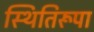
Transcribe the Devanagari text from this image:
स्थितिरूपा